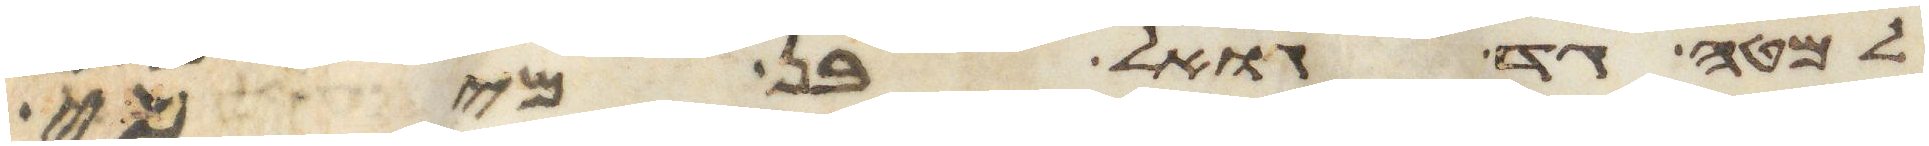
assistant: למטה גד גואל בן מיכי